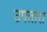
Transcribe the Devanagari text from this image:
उपतारा